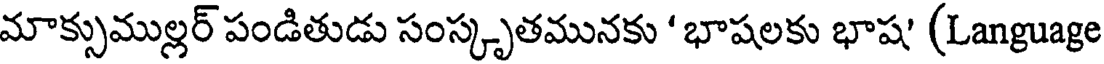
మాక్సుముల్లర్ పండితుడు సంస్కృతమునకు ' భాషలకు భాష' (Language